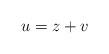
LaTeX: \begin{align*} u = z + v\end{align*}